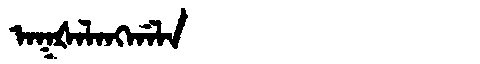
Manchu: ᠠᡴᡧᠠᠯᠠᠩᡤᠠᠯᠠ
Romanization: AKŠALANGGALA